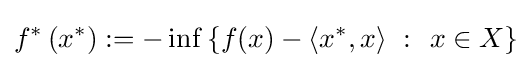
f^{*}\left(x^{*}\right):=-\inf \left\{f(x)-\left\langle x^{*},x\right\rangle ~\colon ~x\in X\right\}